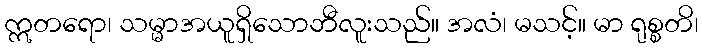
ဣတရော၊ သမ္မာအယူရှိသောဘီလူးသည်။ အလံ၊ မသင့်။ မာ ရုစ္စတိ၊